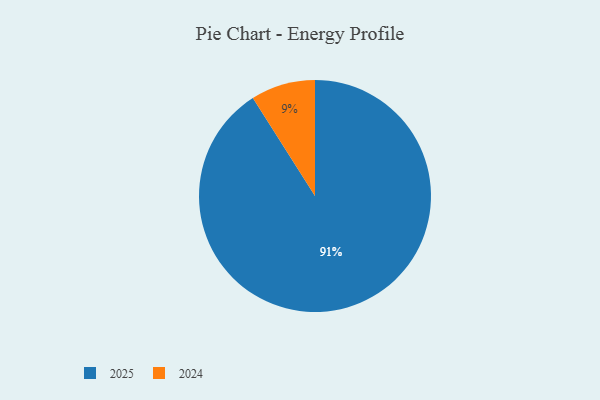
{"axis": {"x": "Category", "y": "Percentage"}, "legend": ["2024", "2025"], "data": [{"x": "2024", "y": 9, "type": "2024"}, {"x": "2025", "y": 91, "type": "2025"}]}